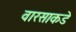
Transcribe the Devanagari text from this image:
वारसाकडे